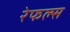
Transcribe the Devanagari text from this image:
रेफल्स